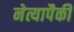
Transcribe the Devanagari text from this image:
नेत्यापैकी